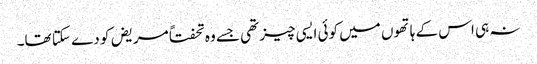
نہ ہی اس کے ہاتھوں میں کوئی ایسی چیز تھی جسے وہ تحفتاً مریض کو دے سکتا تھا۔